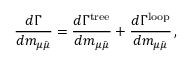
\frac { d \Gamma } { d m _ { \mu \bar { \mu } } } = \frac { d \Gamma ^ { \mathrm { { t r e e } } } } { d m _ { \mu \bar { \mu } } } + \frac { d \Gamma ^ { \mathrm { l o o p } } } { d m _ { \mu \bar { \mu } } } \, , \,